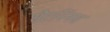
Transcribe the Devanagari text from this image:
सैटर्निनस